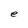
Character: e